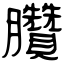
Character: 臢